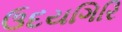
ઉદયગિરિ